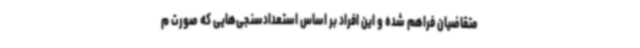
متقاضیان فراهم شده و این افراد بر اساس استعدادسنجی‌هایی که صورت م